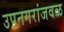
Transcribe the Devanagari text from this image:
उपनगरांजवळ